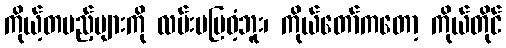
ကိုယ့်တပည့်များကို လမ်းမပြဝံ့ဘူး၊ ကိုယ်တော်ကတော့ ကိုယ်တိုင်